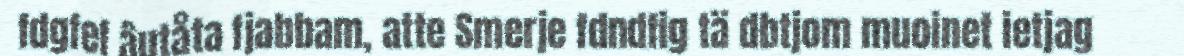
fdgfef âutåta fjabbam, atte Smerje fdndfig tä dbtjom muoinet ietjag